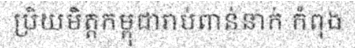
ប្រិយមិត្តកម្ពុជារាប់ពាន់នាក់ កំពុង